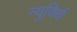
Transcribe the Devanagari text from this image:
न्युविर्थ